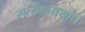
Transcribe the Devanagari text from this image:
सत्येंद्रनाथांचे